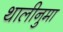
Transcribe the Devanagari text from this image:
थालीनुमा